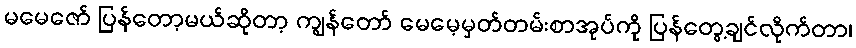
မမေဇော် ပြန်တော့မယ်ဆိုတာ့ ကျွန်တော် မေမေ့မှတ်တမ်းစာအုပ်ကို ပြန်တွေ့ချင်လိုက်တာ၊